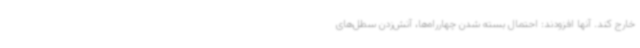
خارج کند. آنها افزودند: احتمال بسته شدن چهارراه‌ها، آتش‌زدن سطل‌های